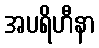
အပရိဟီနာ